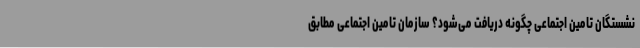
نشستگان تامین اجتماعی چگونه دریافت می‌شود؟ سازمان تامین اجتماعی مطابق